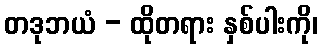
တဒုဘယံ - ထိုတရား နှစ်ပါးကို၊